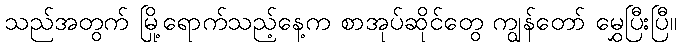
သည်အတွက် မြို့ရောက်သည့်နေ့က စာအုပ်ဆိုင်တွေ ကျွန်တော် မွှေပြီးပြီ။